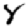
Digit: 8